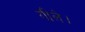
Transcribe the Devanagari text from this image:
गीले।